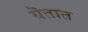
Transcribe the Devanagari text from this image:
यॆतात